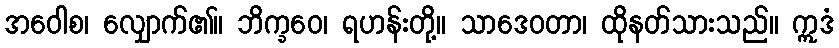
အဝေါစ၊ လျှောက်၏။ ဘိက္ခဝေ၊ ရဟန်းတို့။ သာဒေဝတာ၊ ထိုနတ်သားသည်။ ဣဒံ